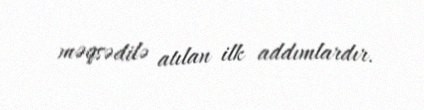
məqsədilə atılan ilk addımlardır.